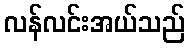
လန်လင်းအယ်သည်